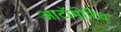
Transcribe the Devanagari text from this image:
आटॉमोटिव